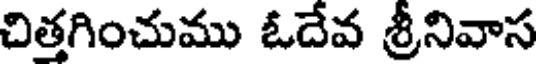
చిత్తగించుము ఓదేవ శ్రీనివాస